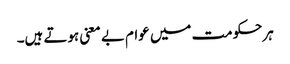
ہرحکومت میں عوام بے معنی ہوتے ہیں۔